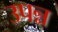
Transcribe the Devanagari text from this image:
उपन्न